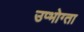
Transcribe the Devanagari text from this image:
उप्भोग्ता